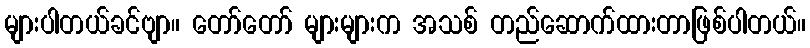
များပါတယ်ခင်ဗျာ။ တော်တော် များများက အသစ် တည်ဆောက်ထားတာဖြစ်ပါတယ်။